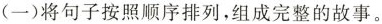
(一)将句子按照顺序排列,组成完整的故事